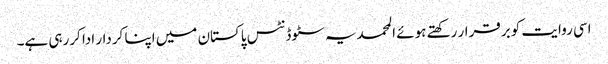
اسی روایت کو برقرار رکھتے ہوئے المحمدیہ سٹوڈنٹس پاکستان میں اپنا کردار ادا کررہی ہے۔